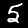
Label: 5